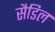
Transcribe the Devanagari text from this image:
सैडिल